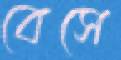
বেসে